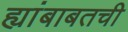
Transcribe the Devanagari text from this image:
ह्यांबाबतची